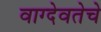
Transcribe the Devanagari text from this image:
वाग्देवतेचे